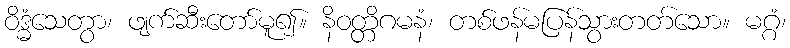
ဝိဒ္ဓံသေတွာ၊ ဖျက်ဆီးတော်မူ၍။ နိဝတ္တိဂမနံ၊ တစ်ဖန်မပြန်သွားတတ်သော။ မဂ္ဂံ၊